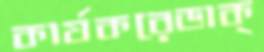
কার্যকরেডাক্